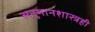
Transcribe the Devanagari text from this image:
अनुमानशास्त्रही